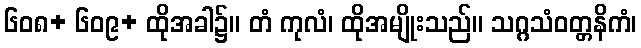
၆၀၈+ ၆၀၉+ ထိုအခါ၌။ တံ ကုလံ၊ ထိုအမျိုးသည်။ သဂ္ဂသံဝတ္တနိကံ၊